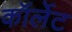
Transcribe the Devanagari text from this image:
कॉर्लेट